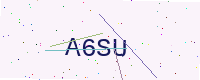
Text: A6SU